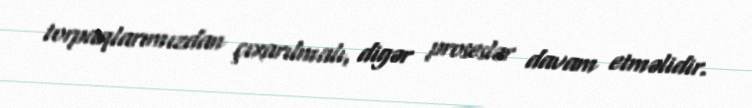
torpaqlarımızdan çıxarılmalı, digər proseslər davam etməlidir.